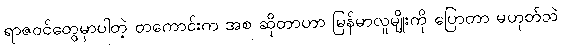
ရာဇဝင်တွေမှာပါတဲ့ တကောင်းက အစ ဆိုတာဟာ မြန်မာလူမျိုးကို ပြောတာ မဟုတ်ဘဲ